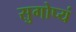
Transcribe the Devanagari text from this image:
सुगोप्यं